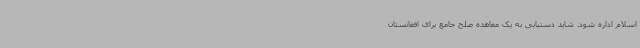
اسلام اداره شود. شاید دستیابی به یک معاهده صلح جامع برای افغانستان